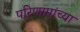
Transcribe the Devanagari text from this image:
परिणामांच्या